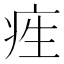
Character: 𤵙